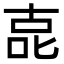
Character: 㖛